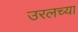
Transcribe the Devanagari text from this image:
उरलच्या